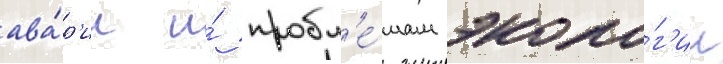
ава́р'ии и́ пробл'е́мам эколо́г'ии